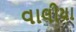
વાલીયા